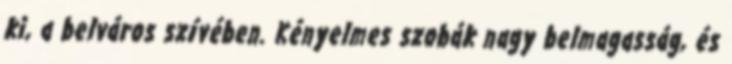
ki, a belváros szívében. Kényelmes szobák nagy belmagasság, és